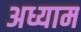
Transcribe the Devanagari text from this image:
अध्याम